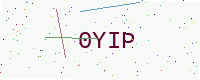
Text: 0YIP